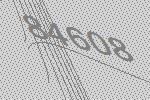
84608